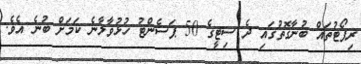
ރިޕޯޓުތައް ބުނާގޮތުގައި ދެ ސިޓީގެ 50 ޕަސެންޓު ހުޅުވާލާނެ ކަމަށް ބުނެ އެވެ.